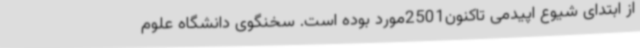
از ابتدای شیوع اپیدمی تاکنون2501مورد بوده است. سخنگوی دانشگاه علوم